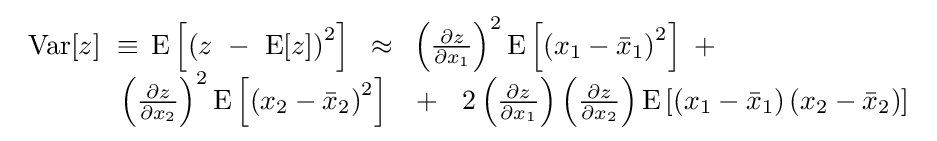
{\begin{array}{l}{\rm {Var}}[z]\,\,\equiv \,{\rm {E}}\left[{\left({z\,\,-\,\,{\rm {E}}[z]}\right)^{2}}\right]\,\,\,\approx \,\,\,\left({\frac {\partial z}{\partial x_{1}}}\right)^{2}{\rm {E}}\left[{\left({x_{1}-{\bar {x}}_{1}}\right)^{2}}\right]\,\,+\\\,\,\,\,\,\,\,\,\,\,\,\,\,\,\,\,\,\,\,\,\left({\frac {\partial z}{\partial x_{2}}}\right)^{2}{\rm {E}}\left[{\left({x_{2}-{\bar {x}}_{2}}\right)^{2}}\right]\,\,\,\,\,+\,\,\,\,2\left({\frac {\partial z}{\partial x_{1}}}\right)\left({\frac {\partial z}{\partial x_{2}}}\right){\rm {E}}\left[{\left({x_{1}-{\bar {x}}_{1}}\right)\left({x_{2}-{\bar {x}}_{2}}\right)}\right]\\\end{array}}